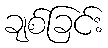
ချစ်ခြင်း